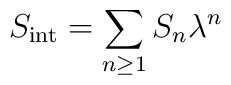
S_{\mathrm{int}}=\sum_{n\ge 1}S_n\lambda^n